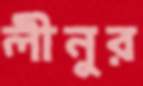
লীনুর